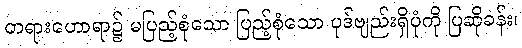
တရားဟောရာ၌ မပြည့်စုံသော ပြည့်စုံသော ပုဒ်ဗျည်းရှိပုံကို ပြဆိုခန်း၊